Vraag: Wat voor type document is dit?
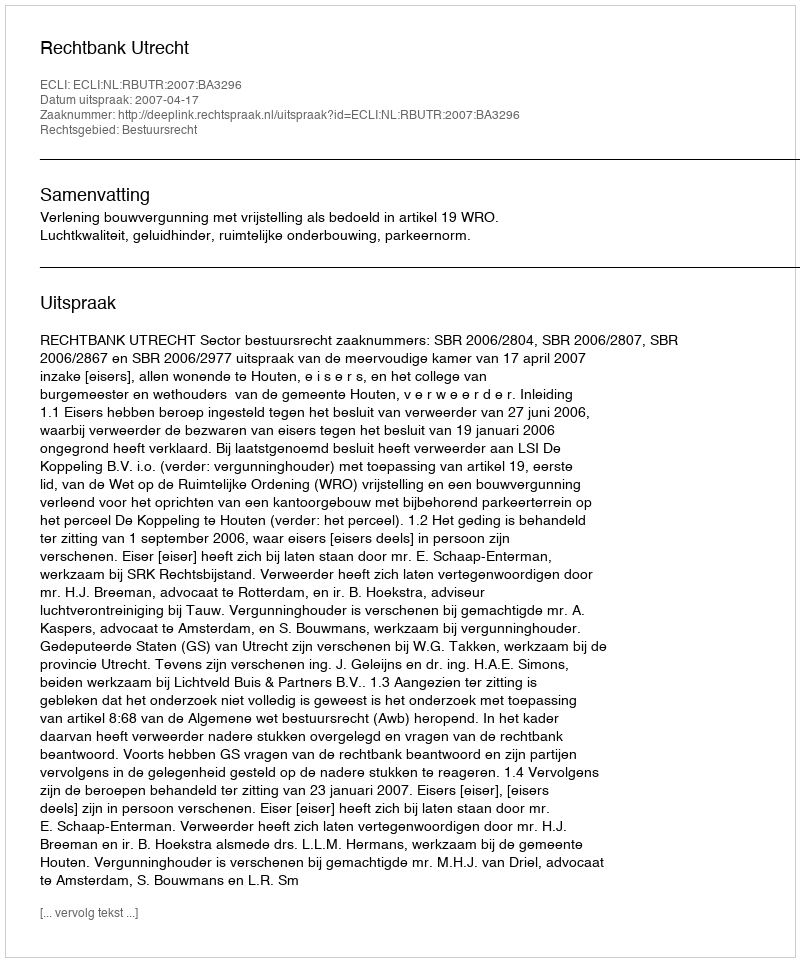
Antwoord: Uitspraak